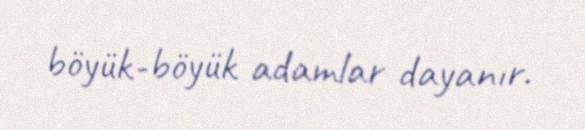
böyük-böyük adamlar dayanır.